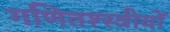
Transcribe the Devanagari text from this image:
गणितश्स्त्रीयों